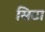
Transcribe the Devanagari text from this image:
सिटा